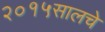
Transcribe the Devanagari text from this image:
२०१५सालचे